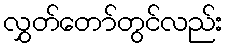
လွှတ်တော်တွင်လည်း